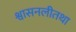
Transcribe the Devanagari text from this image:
श्वासनलीतथा